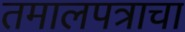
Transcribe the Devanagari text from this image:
तमालपत्राचा